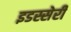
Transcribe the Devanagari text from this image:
इडस्सेरी